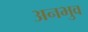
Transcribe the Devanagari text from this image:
अनभुव